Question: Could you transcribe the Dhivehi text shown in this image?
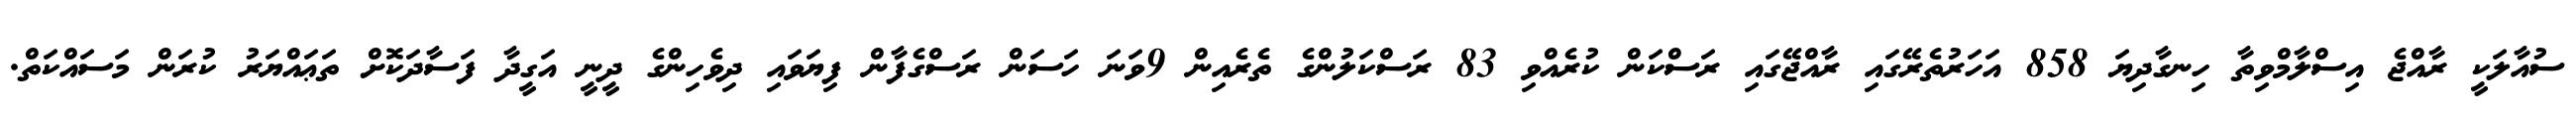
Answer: ސުއާލަކީ ރާއްޖެ އިސްލާމްވިތާ ހިނގާދިޔަ 858 އަހަރުތެރޭގައި ރާއްޖޭގައި ރަސްކަން ކުރެއްވި 83 ރަސްކަލުންގެ ތެރެއިން 9ވަނަ ހަސަން ރަސްގެފާން ފިޔަވައި ދިވެހިންގެ ދީނީ އަގީދާ ފަސާދަކޮށް ތަޢައްޔަރު ކުރަން މަސައްކަތް.